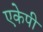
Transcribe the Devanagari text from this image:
एकेपी